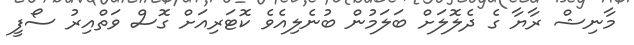
މާނިޝް ރާޔާ ގެ ދެލޮލަށް ބަލަމުން ބުނެލިއެވެ ކޮޓަރިއަށް ގޮސް ވަތްއިރު ސޯފީ